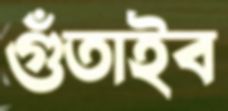
গুঁতাইব